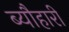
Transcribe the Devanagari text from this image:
ब्यौहारी